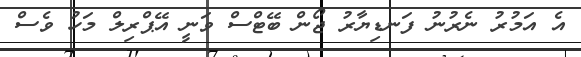
އެ އަމުރު ނެރުނު ފަނޑިޔާރު ޖޯން ބޭޓްސް ވަނީ އޭޕްރިލް މަހު ވެސް